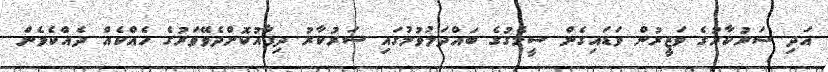
އަދި ސަރުކާރުގެ ވަޒީރުން ވަޑައިގެން ސީމެގުގެ ބައްދަލުވުމުގައި ސަރުކާރު ދިފާއުކޮށްދެވޭވަރުގެ ހެއްކެއް ދެއްކެވެން